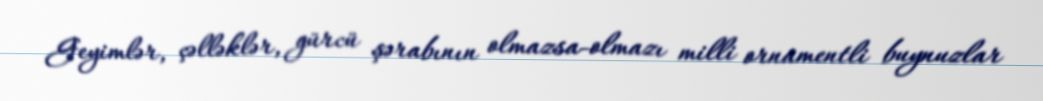
Geyimlər, çəlləklər, gürcü şərabının olmazsa-olmazı milli ornamentli buynuzlar